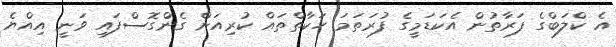
އެ ކްލަބްގެ ފަރާތުން އެކަޑަމީގެ ފުރަތަމަ ހަކާތްތައް ކުރިއަށް ގެންގޮސްފައި ވަނީ އިއްޔެ